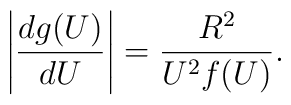
\left\vert\frac{dg(U)}{dU}\right\vert=\frac{R^2}{U^2 f(U)}.